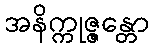
အနိက္ကုဇ္ဇန္တော